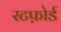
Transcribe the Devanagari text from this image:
रटफ़ोर्ड